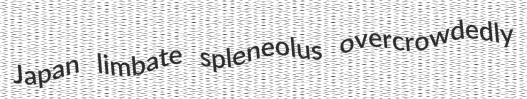
Japan limbate spleneolus overcrowdedly